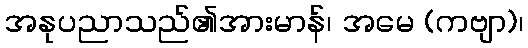
အနုပညာသည်၏အားမာန်၊ အမေ (ကဗျာ)၊